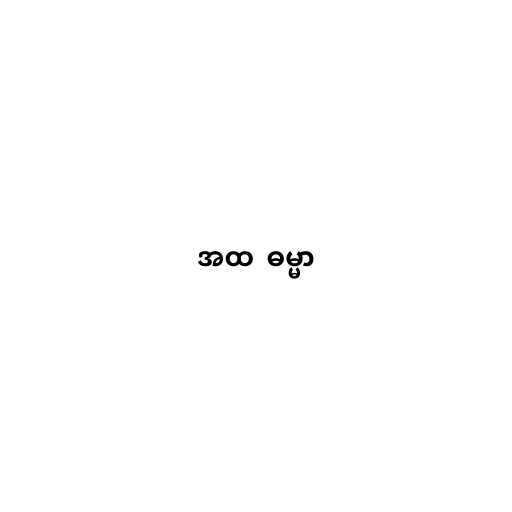
အထ  ဓမ္မာ